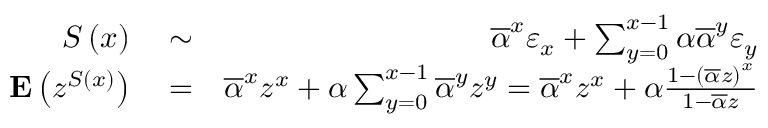
\begin{array} { r l r } { S \left( x \right) } & { { } \sim } & { \overline { { \alpha } } ^ { x } \varepsilon _ { x } + \sum _ { y = 0 } ^ { x - 1 } \alpha \overline { { \alpha } } ^ { y } \varepsilon _ { y } } \\ { { \bf E } \left( z ^ { S \left( x \right) } \right) } & { { } = } & { \overline { { \alpha } } ^ { x } z ^ { x } + \alpha \sum _ { y = 0 } ^ { x - 1 } \overline { { \alpha } } ^ { y } z ^ { y } = \overline { { \alpha } } ^ { x } z ^ { x } + \alpha \frac { 1 - \left( \overline { { \alpha } } z \right) ^ { x } } { 1 - \overline { { \alpha } } z } } \end{array}